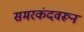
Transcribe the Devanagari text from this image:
समरकंदवरून